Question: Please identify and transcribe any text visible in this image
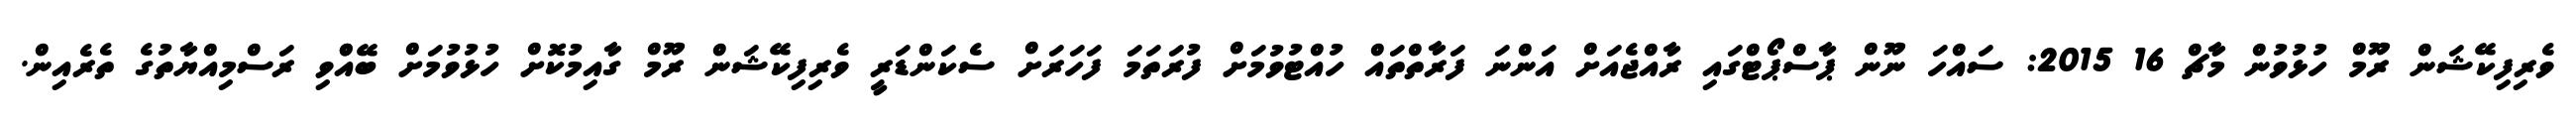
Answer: ވެރިފިކޭޝަން ރޫމް ހުޅުވުން މާޗް 16 2015: ސައްހަ ނޫން ޕާސްޕޯޓްގައި ރާއްޖެއަށް އަންނަ ފަރާތްތައް ހުއްޓުވުމަށް ފުރަތަމަ ފަހަރަށް ސެކަންޑަރީ ވެރިފިކޭޝަން ރޫމް ގާއިމުކޮށް ހުޅުވުމަށް ބޭއްްވި ރަސްމިއްޔާތުގެ ތެރެއިން.